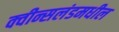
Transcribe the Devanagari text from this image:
क्वीन्सलंडमधील